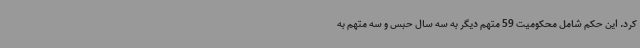
کرد. این حکم شامل محکومیت 59 متهم دیگر به سه سال حبس و سه متهم به